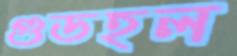
গুডহল